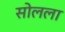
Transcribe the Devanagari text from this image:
सोलला